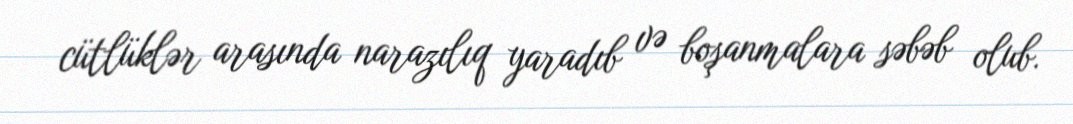
cütlüklər arasında narazılıq yaradıb və boşanmalara səbəb olub.